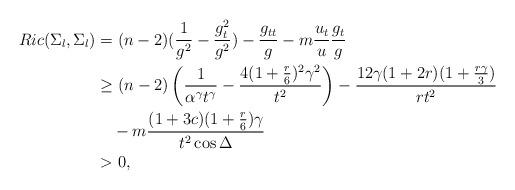
LaTeX: \begin{align*}Ric(\Sigma_l,\Sigma_l)&=(n-2)(\frac1{g^2}-\frac{g_t^2}{g^2})-\frac{g_{tt}}g-m\frac{u_t}u\frac{g_t}g\\ &\ge(n-2)\left(\frac1{\alpha^{\gamma}t^{\gamma}}-\frac{4(1+\frac r6)^2\gamma^2}{t^2}\right) -\frac{12\gamma(1+2r)(1+\frac{r\gamma}3)}{rt^2}\\ &\quad-m\frac{(1+3c)(1+\frac r6)\gamma}{t^2\cos\Delta}\\ &>0,\end{align*}